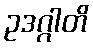
ဥဒဂ္ဂါတိ